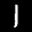
Label: 1